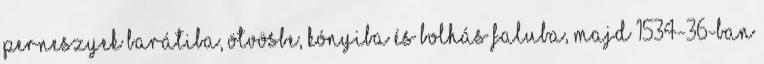
Perneszyek Barátiba, Ötvösbe, Kónyiba és Bolhás faluba, majd 1534-36-ban